Vital statistics of India. Vol. IV, Annual returns from 1871 to 1876. British Army of India, Native Army and jails of Bengal
Year: 1871
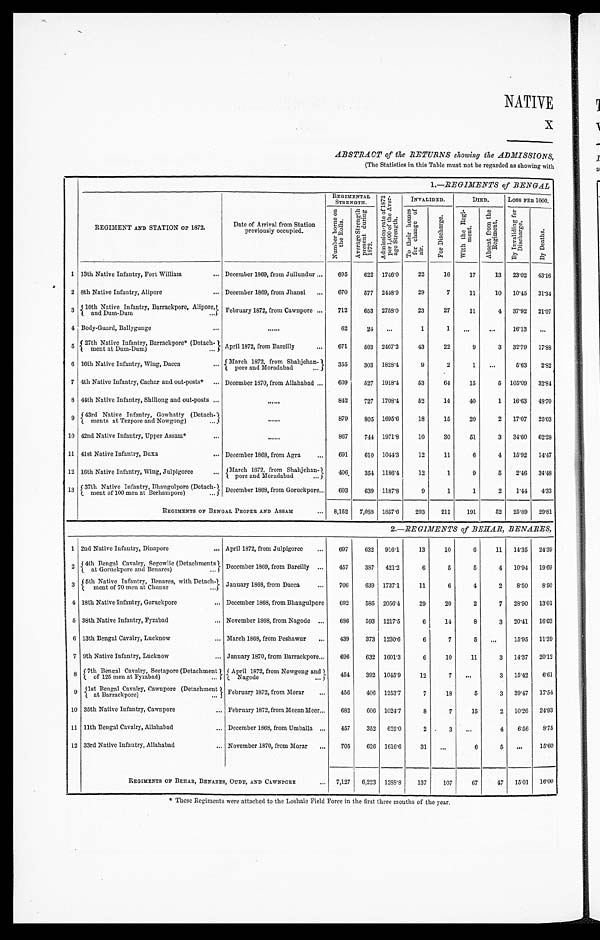
NATIVE
X
ABSTRACT of the RETURNS showing the ADMISSIONS,
(The Statistics in this Table must not be regarded as showing with
1. —REGIMENTS of BENGAL
REGIMENT AND STATION OF 1872.
Date of Arrival from Station
previously occupied.
REGIMENTAL
STRENGTH.
A d m i s s i o n - r a t e o f 1 8 7 2 p e r 1 , 0 0 0 o f t h e A v e r - a g e S t r e n g t h .
INVALIDED.
DIED.
Loss PER 1000.
N u m b e r b o r n e o n t h e R o l l s .
A v e r a g e S t r e n g t h p r e s e n t d u r i n g 1 8 7 2 .
T o t h e i r h o m e s f o r c h a n g e o f a i r .
F o r D i s c h a r g e .
W i t h t h e R e g i - m e n t .
A b s e n t f r o m t h e R e g i m e n t .
B y I n v a l i d i n g f o r D i s c h a r g e .
B y D e a t h s .
1 13th Native Infantry, Fort William . . . December 1869, from Jullundur . . .
695
622
1746.0
22
16
17
13
23.02
43.16
2 8th Native Infantry, Alipore . . . December 1869, from Jhansi . . .
670
577
2448.9
29
7
11
10
10.45
31.34
3
10th Native Infantry, Barrackpore, Alipore,
and Dum-Dum . . .
February 1872, from Cawnpore . . .
712
653
2758.0
23
27
11
4
37.92
21.07
4 Body-Guard, Ballygunge . . .
. . .
62
24
. . .
1
1
. . .
. . .
16.13
. . .
5
2 7 t h N a t i v e I n f a n t r y , B a r r a c k p o r e * ( D e t a c h - m e n t a t D u m - D u m ) . . .
April 1872, from Bareilly . . .
671
503
2467.2
43
22
9
3
32.79
17.88
6 16th Native Infantry, Wing, Dacca . . . March 1872, from Shahj
ehan-pore and Moradabad . . .
355
303
1828.4
9
2
1
. . .
5.63
2.82
7 4th Native Infantry, Cachar and out-posts* . . . December 1870, from Allahabad . . .
609
527 1918.4
53
64
15
5
105.09
32.84
8 44th Native Infantry, Shillong and out-posts . . .
. . .
842
727
1708.4
52
14
40
1
16.63
48.70
9
4 3 r d N a t i v e I n f a n t r y , G o w h a t t y ( D e t a c h - m e n t s a t T e z p o r e a n d N o w g o n g ) . . .
. . .
879
805 1695.6
18
15
20
2
17.07
25.03
10 42nd Native Infantry, Upper Assam * . . .
. . .
867
744 1971.8
10
30
51
3
34.60
62.28
11 41st Native Infantry, Buxa . . . December 1868, from Agra . . .
691
610
1044.3
12
11
6
4
15.92
14.47
12 16th Native Infantry, Wing, Julpigoree . . .
M a r c h 1 8 7 2 , f r o m S h a h j e h a n - p o r e a n d M o r a d a b a d . . .
406
354 1186.4
12
1
9
5
2.46
34.48
13
37th Native Infantry, Bhaugulpore (Detach-
ment of 100 men at Berhampore) . . .
December 1868, from Goruckpore . . .
693
639
1187.8
9
1
1
2
1.44
4.33
REGIMENTS OF BENGAL PROPER AND ASSAM
. . .
8,152
7,088
1857.6
293
211
191
52
25.89
29.81
2.—REGIMENTS of BEHAR, BENARES,
1 2nd Native Infantry, Dinapore . . . April 1872, from Julpigoree . . .
697
632
916.1
13
10
6
11
14.35
24.39
2
4th Bengal Cavalry, Segowlie (Detachments a t G o r u c k p o r e a n d B e n a r e s ) . . . December 1869, from Bareilly . . .
457
387
421.2
6
5
5
4
10.94
19.69
3
5 t h N a t i v e I n f a n t r y , B e n a r e s , w i t h D e t a c h - m e n t o f 7 0 m e n a t C h u n a r . . .
January 1868, from Dacca . . .
706
639
1737.1
11
6
4
2
8.50
8.50
4 18th Native Infantry, Goruckpore . . . December 1868, from Bhaugulpore
692
585 2056.4
29
20
2
7
28.90
13.01
5 38th Native Infantry, Fyzabad . . . November 1868, from Nagode . . .
686
593
1217.5
6
14
8
3
20.41
16.03
6 13th Bengal Cavalry, Lucknow . . . March 1868, from Peshawur . . .
439
373 1230.6
6
7
5
. . .
15.95
11.39
7 9th Native Infantry, Lucknow . . . January 1870, from Barrackpore . . .
696
632
1601.3
6
10
11
3
14.37
20.12
8 7th Bengal Cavalry, Seetapore (Detachment of 125 men at Fyzabad) . . . April 1872, from Nowgong and Nagode . . .
454
392
1045.9
12
7
. . .
3
15.42
6.61
9
1 s t B e n g a l C a v a l r y , C a w n p o r e ( D e t a c h m e n t a t B a r r a c k p o r e ) . . .
February 1872, from Morar . . .
456
406
1253.7
7
18
5
3
39.47
17.54
10 35th Native Infantry, Cawnpore . . . February 1872, from Meean Meer . . .
682
606
1024.7
8
7
15
2
10.26
24.93
11 11th Bengal Cavalry, Allahabad . . . December 1868, from Umballa . . .
457
352
625.0
2
3
. . .
4
6.56
8.75
12 33rd Native Infantry, Allahabad . . . November 1870, from Morar . . .
705
626
1616.6
31
. . .
6
5
. . .
15.60
REGIMENTS OF BEHAR, BENARES, OUDE, AND CAWNPORE . . .
7,127
6,223
1288.8
137
107
67
47
15.01
16.00
* These Regiments were attached to the Loshaie Field Force in the first three months of the year.